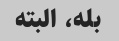
بله، البته